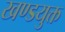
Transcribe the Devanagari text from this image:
खण्डयुक्त